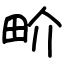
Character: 畍